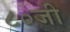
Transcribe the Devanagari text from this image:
८०जी